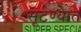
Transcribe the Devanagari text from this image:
सूटण्यात